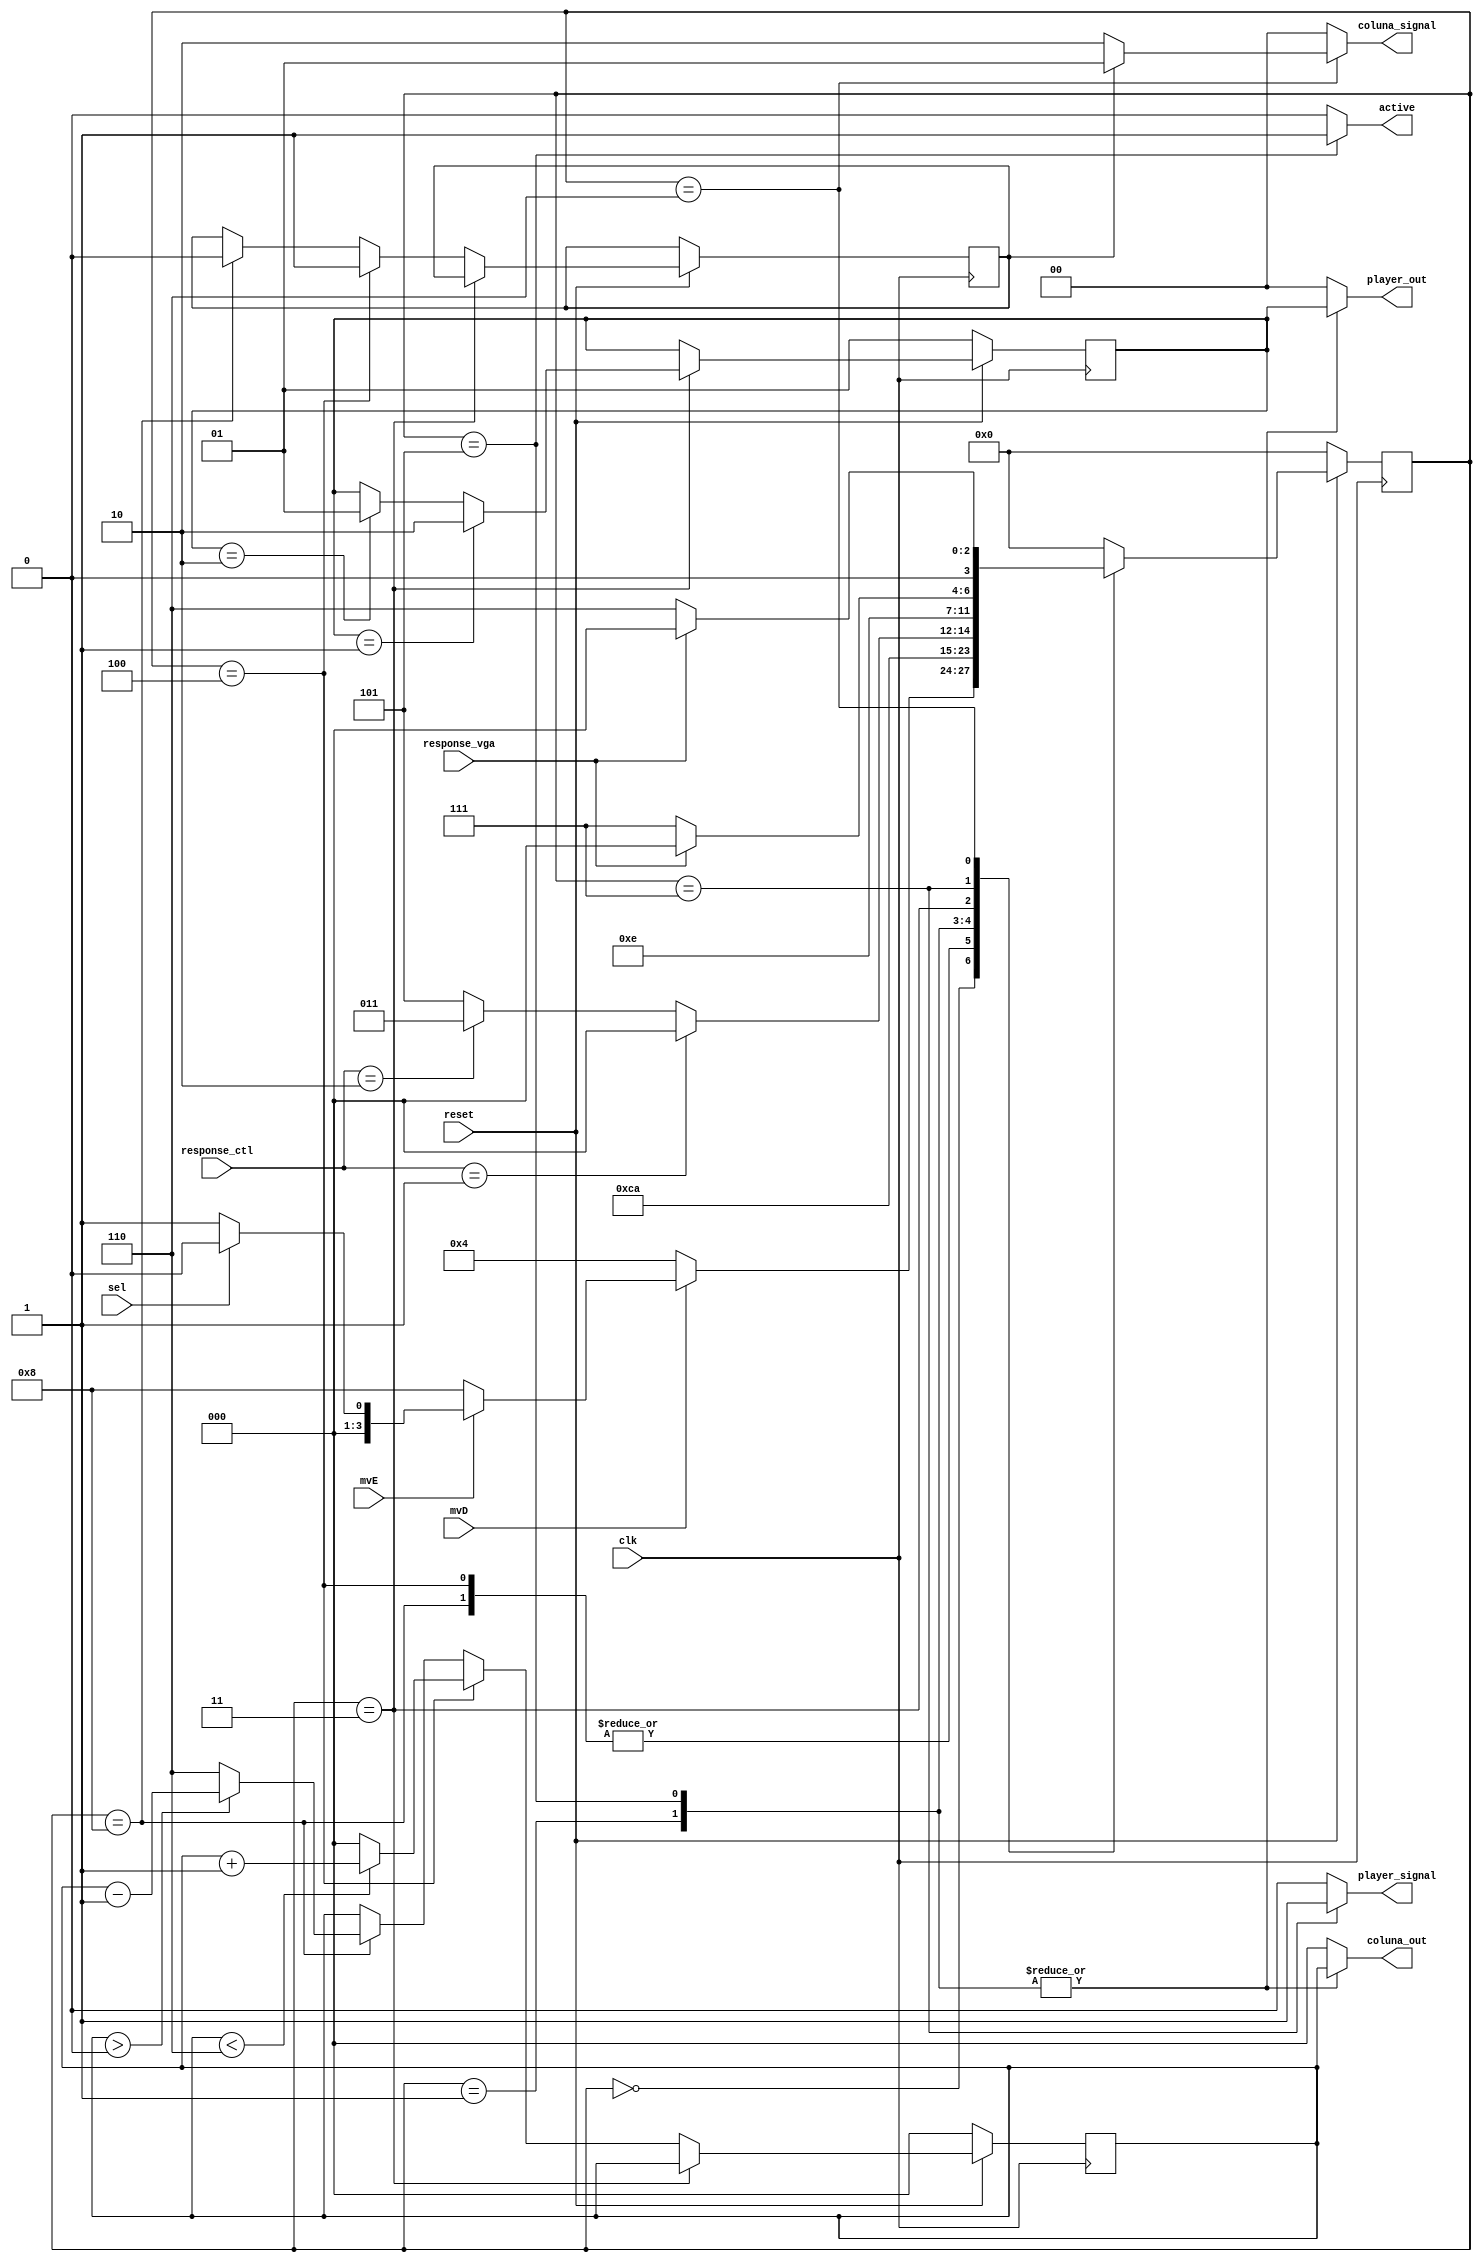
module botao(       reset,
                    active,
                    coluna_out,
                    player_out,
                    coluna_signal,
                    player_signal,
                    clk,
                    mvE, // esquerda
             		mvD, //direita
                    sel,
                    response_ctl,
                    response_vga
            );
 
input               reset, clk, mvE, mvD, sel, response_vga;
input               [1:0]           response_ctl;
output reg          active, player_signal;
output reg          [2:0] coluna_out;
output reg          [1:0] player_out, coluna_signal;//modificado
 
//////////////////////////////////////////////////////// 
 
parameter           idle         = 0,
                    select       = 1,
                    change_p     = 3,
                    moveD        = 4,
                    waiting      = 5,
                    wait_vga_col = 6,
                    wait_vga_p   = 7,
  					moveE        = 8;
						  
						  
reg					guarda;
						  
reg [2:0]           coluna_atual;
reg [3:0]           state, next_state;
reg [1:0]           player;
 
////////////////////////////////////////////////////////
 
// decodificador de proximo estado ,modificado
always @ (*)
begin
    case(state)
        idle:
        begin
          if (mvD == 0)
              next_state = moveD;
          else if (mvE == 0)
          		next_state = moveE;
          else if (sel == 0)
              next_state = select;
          else
              next_state = idle;
        end
        //
        moveD: next_state = wait_vga_col;
        //
        moveE: next_state = wait_vga_col;
        //      
        select: next_state = waiting;
        //
        waiting:
        begin
            if (response_ctl == 1)
                    next_state = idle;
            else if (response_ctl == 2)
                    next_state = change_p;
            else
                next_state = waiting;
        end
        //
        change_p: next_state = wait_vga_p;
        //
        wait_vga_p:
        begin
            if(response_vga == 1)
                next_state = idle;
            else
                next_state = wait_vga_p;
        end
        //
        wait_vga_col:
        begin
            if(response_vga == 1)
                next_state = idle;
            else
                next_state = wait_vga_col;
        end
        //
        default: next_state = idle;
    endcase
end
 
////////////////////////////////////////////////////////
 
// memoria, modificado
always @ (posedge clk)
begin
    if (!reset)
    begin
        state <= idle;
        player <= 1;
        coluna_atual <= 0;
    end
    else
    begin
		guarda <= guarda;
        state <= next_state;
        
        if(state == change_p)
        begin
            coluna_atual <= coluna_atual;
            if(player == 1)
                player <= 2;
            else if(player == 2)
                player <= 1;
        end
      	//move direita
      	else if(state == moveD)
        begin
	       guarda <= 1;
            player <= player;
            if(coluna_atual < 6)
                coluna_atual <= coluna_atual + 1;
            else
                coluna_atual <= 0;
        end
      	//move esquerda
      	else if(state == moveE)
        begin
            guarda <= 0;
            player <= player;
            if(coluna_atual > 0)
                coluna_atual <= coluna_atual - 1;
            else
                coluna_atual <= 6;
        end
    end
end
 
////////////////////////////////////////////////////////
 
// decodificador de saida modificado
always @ (*)
begin
    case(state)
        select:
        begin
            active = 0;
            coluna_signal = 2'b00;
            player_signal = 0;
            coluna_out = coluna_atual;//<-- se e direita ou esquerda?
            player_out = player;
        end
        //
        waiting:
        begin
            active = 1;
            coluna_out = coluna_atual;
            player_out = player;
            coluna_signal = 2'b00;
            player_signal = 0;
        end
        //
        wait_vga_p:
        begin
            active = 0;
            coluna_out = 0;
            player_out = 0;
            coluna_signal = 2'b00;
            player_signal = 1;
        end
        //
        wait_vga_col: 
        begin
            active = 0;
            coluna_out = 0;
            player_out = 0;
            player_signal = 0;
				if (guarda == 1)
					coluna_signal = 2'b01;
				else if (guarda == 0)
					coluna_signal = 2'b10;
					else
							coluna_signal = 0;
        end
        //
        default:
        begin
            active = 0;
            coluna_out = 0;
            player_out = 0;
            coluna_signal = 2'b00;
            player_signal = 0;
        end
    endcase
end
 
endmodule